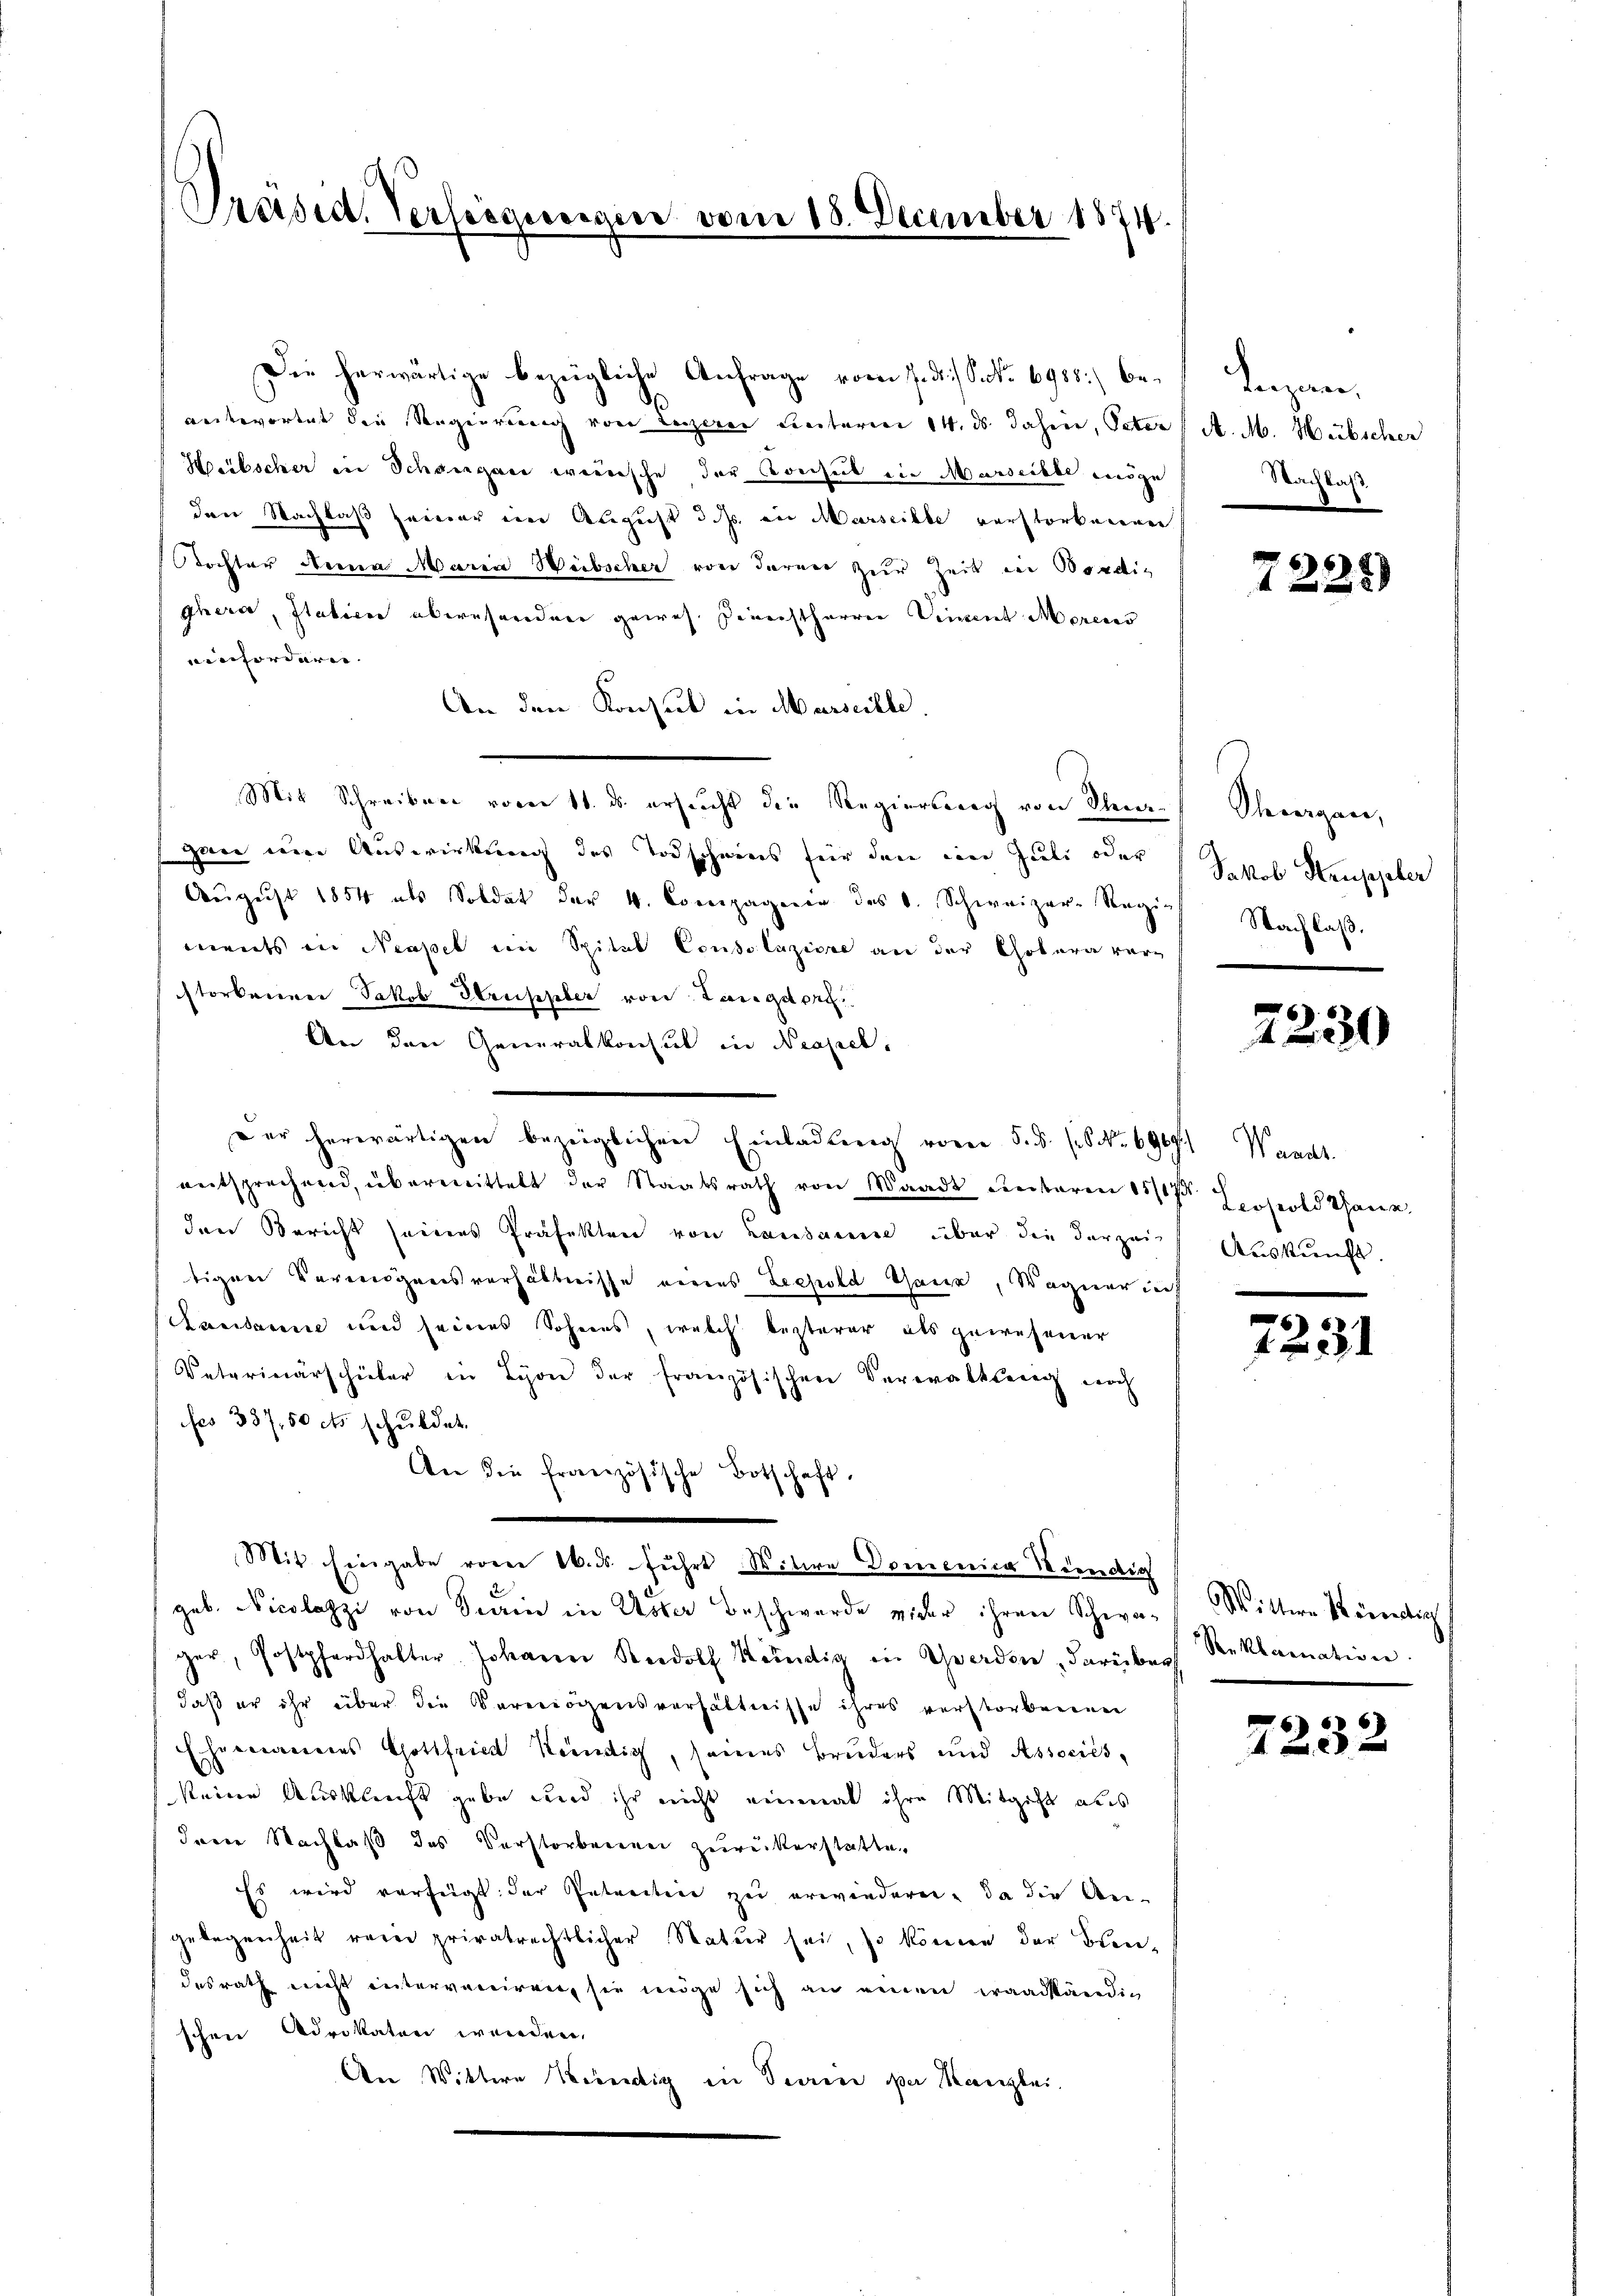
Präsid. Verfeigungen vom 18. December 1874.

Die herwärtige bezügliche Anfrage vom 7. ds. S. No 6988) beantwortet die Regierung von Luzerer unterm 14. ds. Jahren, Peter
Hübscher in Schöngau wünsche der Konsul die Marseibe möge
den Nachlaß seiner ein August d. Js. in Marseille verstorbenenen
ochter dena Maria Weibscher von deren zur Zeit in Bondi¬
Ghera, Italien übernsordnen gewes. Direchtharrer Viment Morens
infordere
An den Konsul in Marseille.
Mit Schreiben vom 11. ds. ersucht die Regierung von Ses an eine Auswirkung des Torschneeis für den ein Juli oder
Aŭgŭst 1854 als Soldat der 4. Compagnien des 0. Schweizer-Regiments in Neapel im Spital Consolazione an der Cholera verstorbenen Jakob Struppler von Langdorf.
An den Generalkonsul in Neapel.
entsprechend, übermittelt der Staatsrath von Waadt Leibaren 1811. Joseold thanen
den Bericht seines Präfekten von Landamme über die derzeich Auskunft.
tigen Vermögensverhältnisse eines Leopold Ganze, Wagner in
Kausanne und seines Sohnens, welch lezterer als gewesener
Vaterinärschüler in Lyon der französischen Verwaltserg noch
fes 387, 50 cts. schuldet.
An die Französische Botschaft.
Mit Eingabe vom 16. ds. führt Witwe Domenica Kündig
geb. Nicolazzi von Sein in Uster Beschwerde wider ihren Schwa- Wittwe König
ger, Postpferhalter Johann Rudolf Kündig in Gwerden, darüber Reklamation
daß er ihr über die Parenögensverhältnisse ihres verstorbenenen
Ehrmanieres Gottfried Keendig, seines Bruders und Associés,
keine Ausbleicht gebe und ihr nicht einmal ihre Mitgift aus
dren Nachlaß des Verstorbenen zurückerstatte.
Es wird verfügt: der Antraction zu erwiedern. Da die An-
gelegenheit rein privatrechtlicher Natur sei, so können der Bleidesrath nicht interveniren, sie möge sich an einen waadständig
schen Advokaten werden.
An Wittwe Kredig in Deprene per Kanzlei.

der herwärtigen bezeiglichen Einladung vom 5. §. 1. No. 6909.) Waadt

duzen.
A. M. Hübscher
Nachlass

7229

Steingen,
Jakob Heuppeler
Nachlaß.

7230

e
f

7232